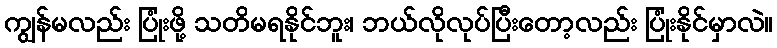
ကျွန်မလည်း ပြုံးဖို့ သတိမရနိုင်ဘူး၊ ဘယ်လိုလုပ်ပြီးတော့လည်း ပြုံးနိုင်မှာလဲ။